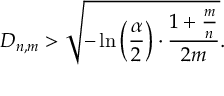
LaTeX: D _ { n , m } > { \sqrt { - \ln \left( { \frac { \alpha } { 2 } } \right) \cdot { \frac { 1 + { \frac { m } { n } } } { 2 m } } } } .